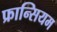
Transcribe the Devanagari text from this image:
फ्रान्सियम